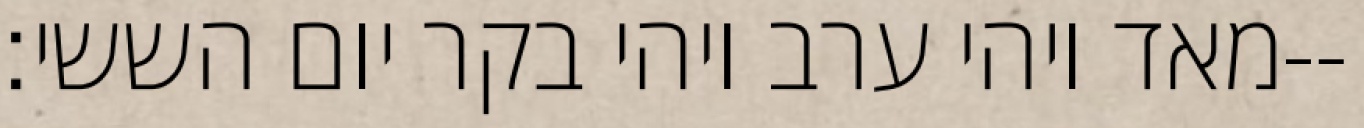
מאד ויהי ערב ויהי בקר יום הששי׃--